Treatise on elephants
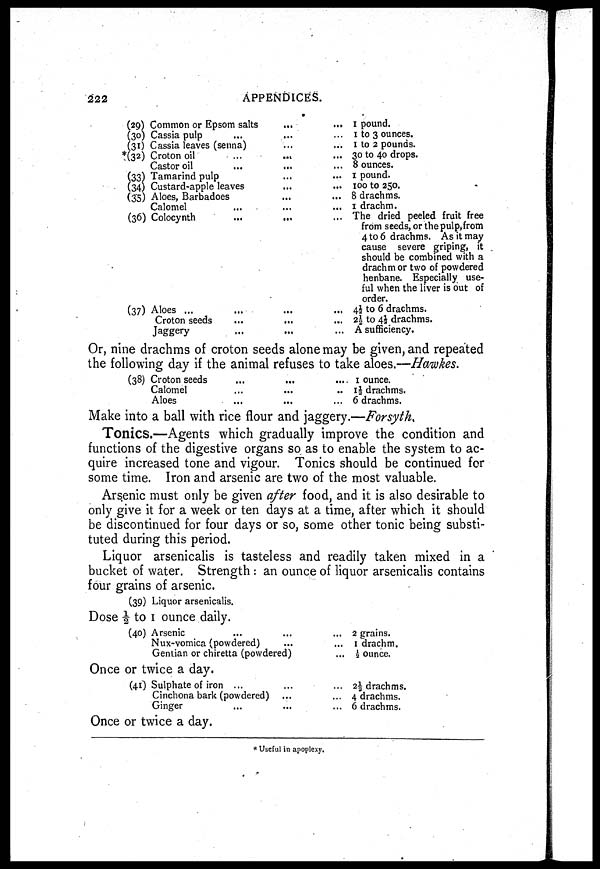
222
APPENDICES.
(29) Common or Epsom salts ... ...
(30) Cassia pulp
... ... ...
(31) Cassia leaves (senna) ... ... ...
*(32) Croton oil
...
...
...
Castor oil
... ... ...
(33) Tamarind pulp
... ...
(34) Custard-apple leaves
... ...
(35) Aloes, Barbadoes
...
...
Calomel ... ... ...
(36) Colocynth
...
...
...
(37) Aloes ...
... ...
Croton seeds
...
...
...
Jaggery
...
...
...
1 pound.
1 to 3 ounces.
1 to 2 pounds.
30 to 40 drops.
8 ounces.
1 pound.
100
to 250.
8 drachms.
1 drachm.
The dried peeled fruit free
from seeds, or the pulp,from
4 to 6 drachms. As it may
cause severe griping, it
should be combined with a
drachm or two of powdered
henbane. Especially use-
ful when the liver is out of
order.
4½ to 6 drachms.
2½ to 4½ drachms.
A sufficiency.
Or, nine drachms of croton seeds alone may be given, and repeated
the following day if the animal refuses to take aloes.—Hawkes.
(38) Croton seeds
...
... ...
Calomel
...
... ...
Aloes
...
... ...
1 ounce.
1½ drachms.
6 drachms.
Make into a ball with rice flour and jaggery.—Forsyth,
Tonics.—Agents which gradually improve the condition and
functions of the digestive organs so as to enable the system to ac-
quire increased tone and vigour. Tonics should be continued for
some time. Iron and arsenic are two of the most valuable.
Arsenic must only be given after food, and it is also desirable to
only give it for a week or ten days at a time, after which it should
be discontinued for four days or so, some other tonic being substi-
tuted during this period.
Liquor arsenicalis is tasteless and readily taken mixed in a
bucket of water. Strength : an ounce of liquor arsenicalis contains
four grains of arsenic.
(39) Liquor arsenicalis.
Dose ½ to 1 ounce daily.
(40) Arsenic
Nux-vomica (powdered)
Genlian or chiretta (powdered)
Once or twice a day.
(41) Sulphate of iron ...
Cinchona bark (powdered)
Ginger
Once or twice a day.
... 2 grains.
... 1 drachm.
... ½ ounce.
... 2½ drachms.
... 4 drachms.
... 6 drachms.
* Useful in apoplexy.